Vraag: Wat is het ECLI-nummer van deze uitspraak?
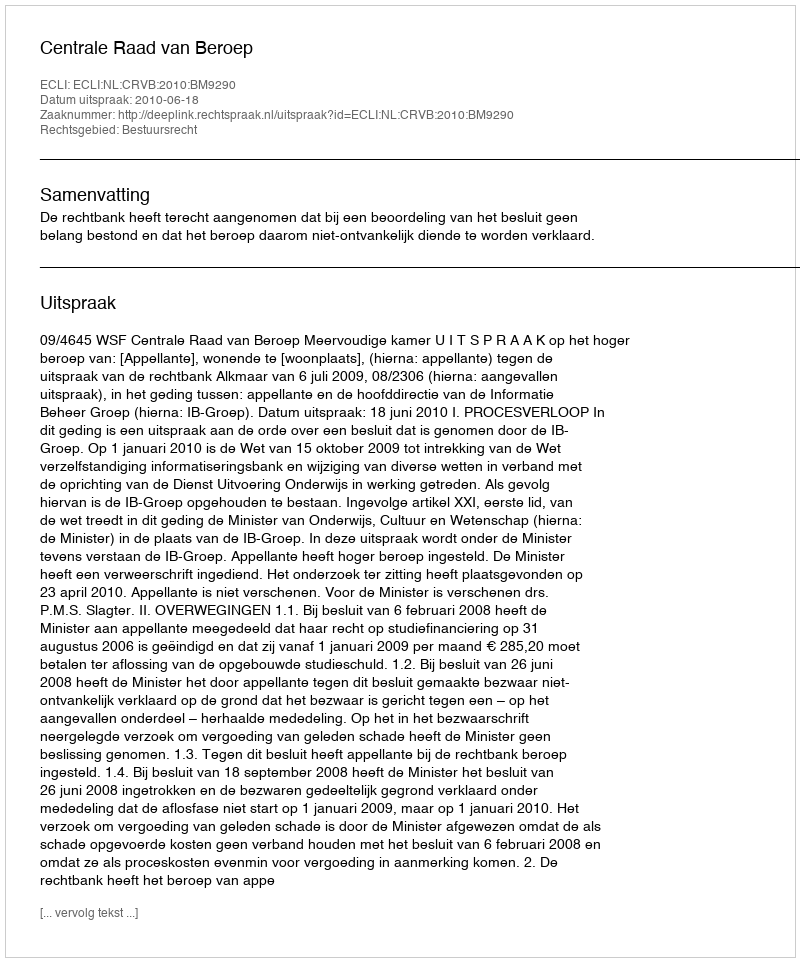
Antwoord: ECLI:NL:CRVB:2010:BM9290